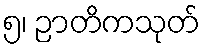
၅၊ ဉာတိကသုတ်